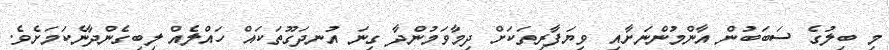
މި ބިލުގެ ސަބަބުން އާންމުންނަށާއި ވިޔަފާރިތަކަށް ދިމާވަމުންދާ ގިނަ އުނދަގޫތަކައް ހައްލެއް ލިބިގެންދާނެކަމަށެވެ.